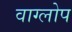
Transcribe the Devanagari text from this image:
वाग्लोप